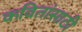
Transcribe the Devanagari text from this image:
कवितांसाठी